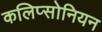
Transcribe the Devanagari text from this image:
कलिप्सोनियन